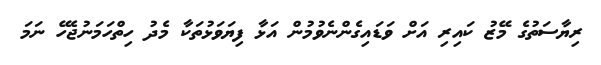
ރިޔާސަތުގެ މޭޒު ކައިރި އަށް ވަޑައިގެންނެވުމުން އަޅާ ފިޔަވަޅުތަކާ މެދު ހިތްހަމަނުޖެހޭ ނަމަ